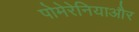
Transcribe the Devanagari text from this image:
पोमेरेनियाऔर